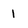
Character: 1